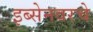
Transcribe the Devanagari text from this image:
इब्सेनवरचे